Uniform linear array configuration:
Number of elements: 48
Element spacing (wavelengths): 0.75
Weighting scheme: hamming
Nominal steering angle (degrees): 15
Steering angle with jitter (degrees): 15.462
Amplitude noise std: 0.05
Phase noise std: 0.05

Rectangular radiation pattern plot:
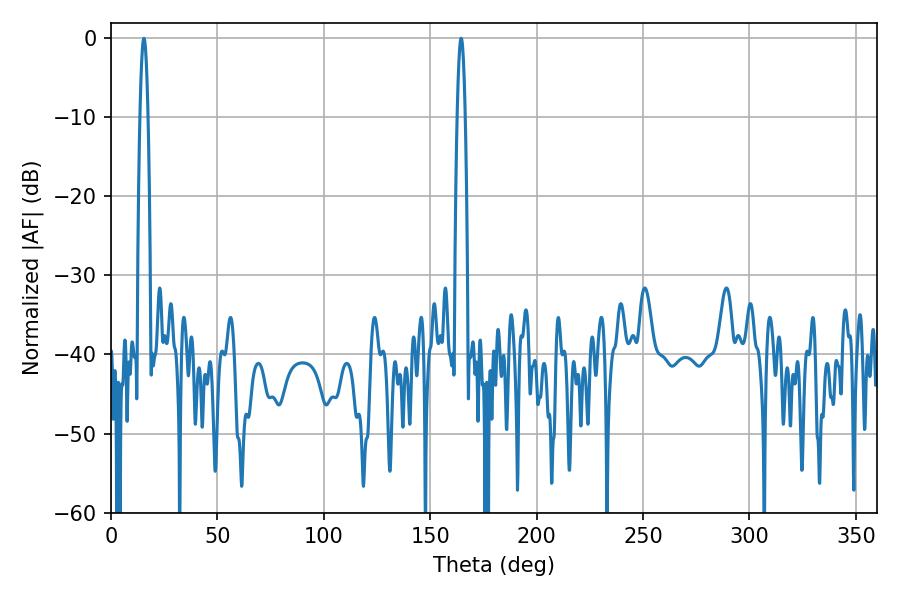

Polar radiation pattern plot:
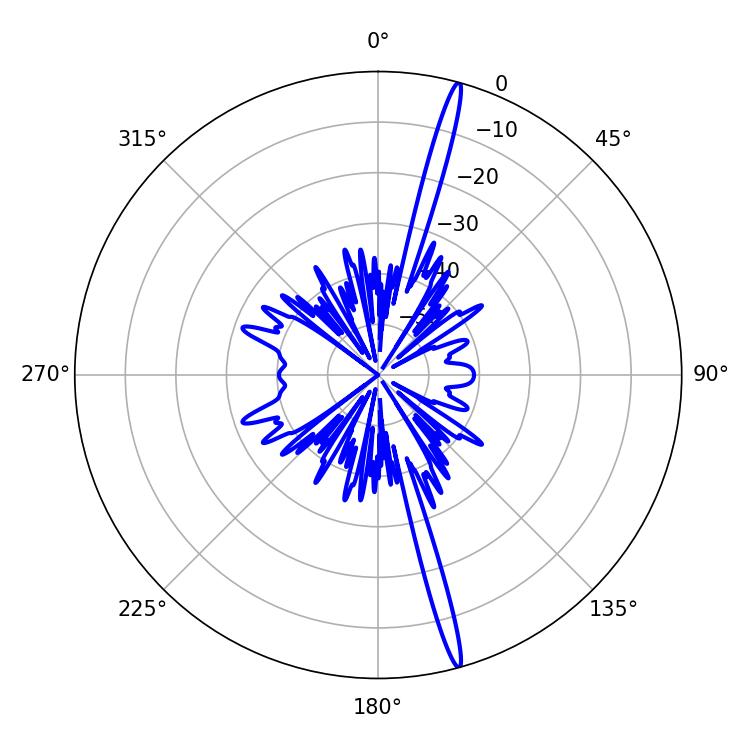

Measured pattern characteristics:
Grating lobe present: TRUE
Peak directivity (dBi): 19.767
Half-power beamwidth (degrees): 2.16
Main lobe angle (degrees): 164.52